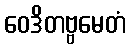
ဝေဒိတဗ္ဗမေတံ